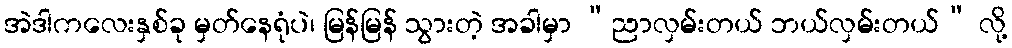
အဲဒါကလေးနှစ်ခု မှတ်နေရုံပဲ၊ မြန်မြန် သွားတဲ့ အခါမှာ “ညာလှမ်းတယ် ဘယ်လှမ်းတယ်” လို့